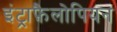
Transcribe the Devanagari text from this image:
इंट्राफ़ैलोपियन